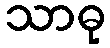
သာဓု